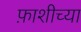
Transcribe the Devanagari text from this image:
फ़ाशीच्या